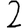
Digit: 2